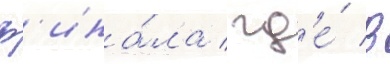
ф'ина́ла / гд'е́ в